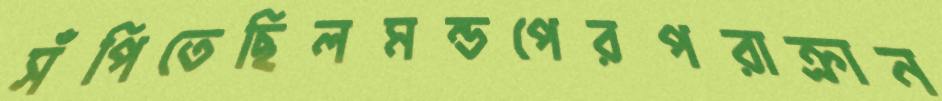
সঁপিতেছিলমন্ডপেরপরাক্রান